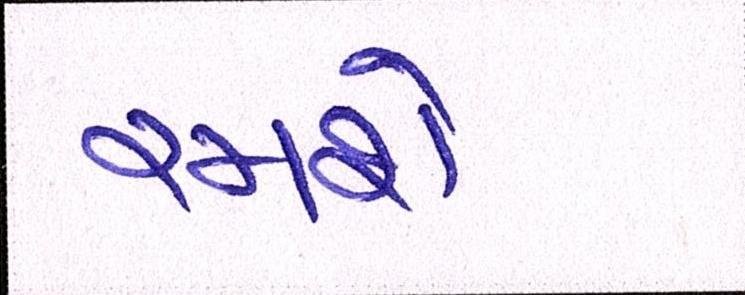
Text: રમશે